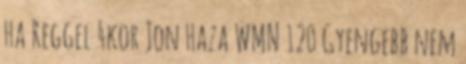
Ha Reggel 4kor Jon Haza WMN 120 Gyengebb nem